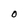
Character: O